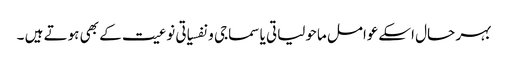
بہر حال اسکےعوامل ماحولیاتی یا سماجی و نفسیاتی نوعیت کے بھی ہوتے ہیں ۔